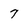
Character: 7